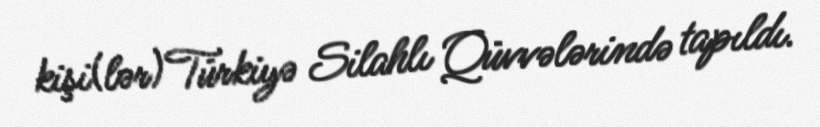
kişi(lər) Türkiyə Silahlı Qüvvələrində tapıldı.